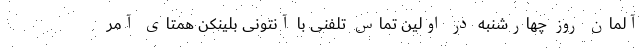
آلمان روز چهارشنبه در اولین تماس تلفنی با آنتونی بلینکن همتای آمر